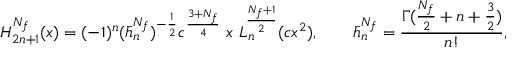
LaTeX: \mathnormal { H } _ { 2 n + 1 } ^ { N _ { f } } ( x ) = ( - 1 ) ^ { n } ( \bar { h } _ { n } ^ { N _ { f } } ) ^ { - \frac { 1 } { 2 } } c ^ { \frac { 3 + N _ { f } } { 4 } } \ x \ \mathnormal { L } _ { n } ^ { \frac { N _ { f } + 1 } { 2 } } ( c x ^ { 2 } ) , \qquad \bar { h } _ { n } ^ { N _ { f } } = \frac { \Gamma ( \frac { N _ { f } } { 2 } + n + \frac { 3 } { 2 } ) } { n ! } ,